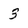
Character: 5